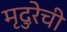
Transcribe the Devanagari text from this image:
मृदुरेची